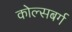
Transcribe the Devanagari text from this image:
कोल्सबर्ग